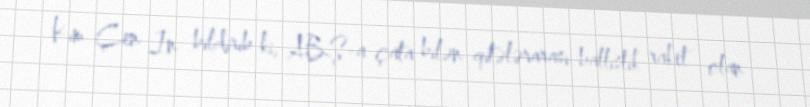
Kim Çen In bildirib ki, ABŞ-a çata bilən qitələrarası ballistik raket olan